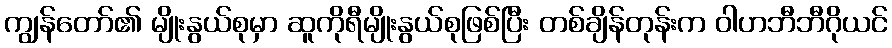
ကျွန်တော်၏ မျိုးနွယ်စုမှာ ဆူကိုရီမျိုးနွယ်စုဖြစ်ပြီး တစ်ချိန်တုန်းက ဝါဟဘီဘီဂိုယင်